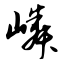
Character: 嶙